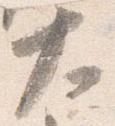
大